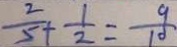
\frac { 2 } { 5 } + \frac { 1 } { 2 } = \frac { 9 } { 1 0 }